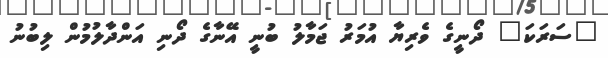
"ސަރަކަ" ދޯނީގެ ވެރިޔާ އުމަރު ޖަމާލު ބުނީ އޭނާގެ ދޯނި އަންދާލުމުން ލިބުނު